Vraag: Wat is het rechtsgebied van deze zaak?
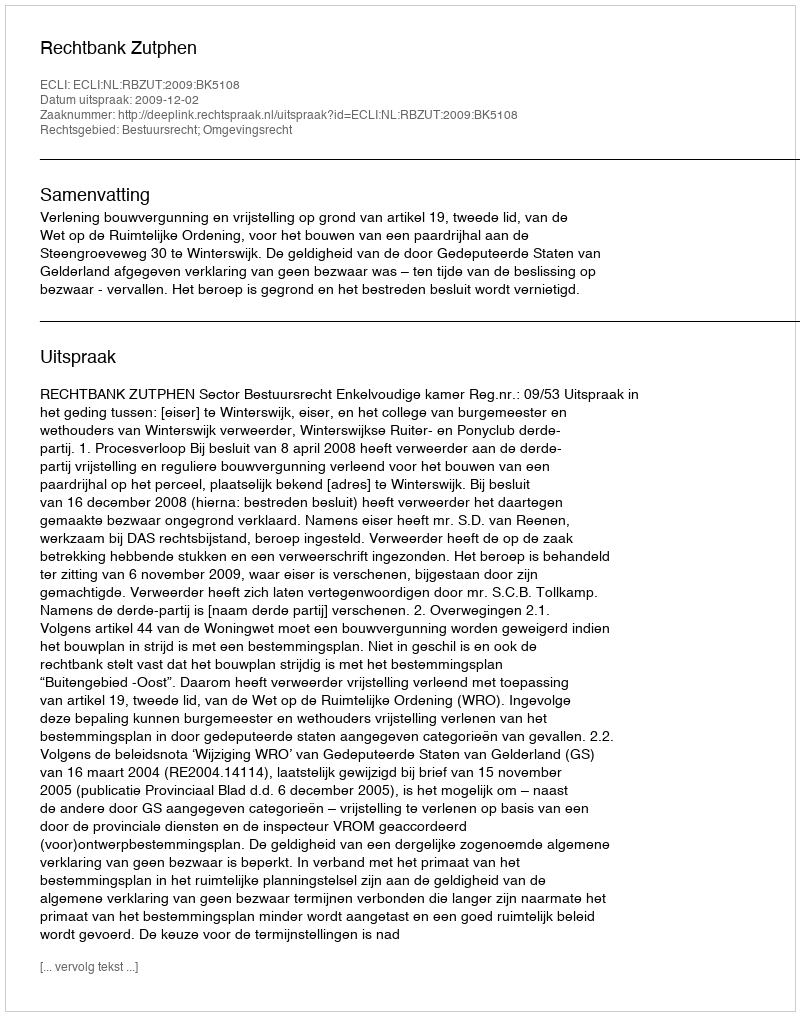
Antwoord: Bestuursrecht; Omgevingsrecht